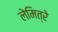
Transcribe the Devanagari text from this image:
लेमित्रे